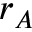
r _ { A }